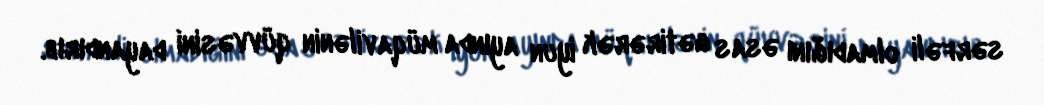
sərfəli olmadığını əsas gətirərək iyun ayında müqavilənin qüvvəsini dayandırıb.